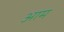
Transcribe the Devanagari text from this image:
अाम